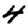
Digit: 4